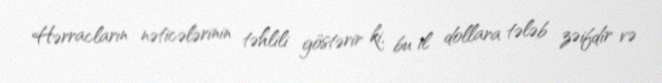
Hərracların nəticələrinin təhlili göstərir ki, bu il dollara tələb zəifdir və